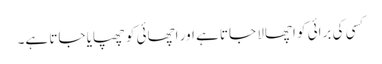
کسی کی برائی کو اچھالا جاتا ہے اور اچھائی کو چھپایا جاتا ہے۔